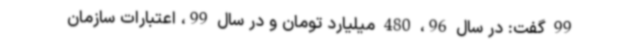
99 گفت: در سال 96، 480 میلیارد تومان و در سال 99، اعتبارات سازمان